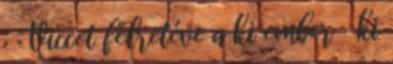
: : Viccet félretéve a ki ember ki